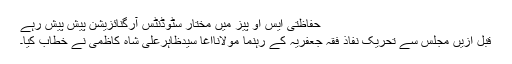
حفاظتی ایس او پیز میں مختار سٹوڈنٹس آرگنائزیشن پیش پیش رہے
قبل ازیں مجلس سے تحریک نفاذ فقہ جعفریہ کے رہنما مولاناآغا سیدظاہرعلی شاہ کاظمی نے خطاب کیا۔